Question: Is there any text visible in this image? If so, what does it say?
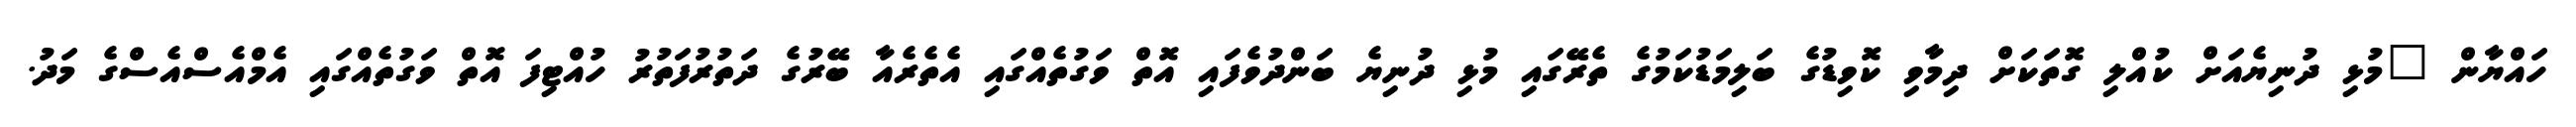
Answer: ހައްޔާން "މުޅި ދުނިޔެއަށް ކުއްލި ގޮތަކަށް ދިމާވި ކޮވިޑުގެ ބަލިމަޑުކަމުގެ ތެރޭގައި މުޅި ދުނިޔެ ބަންދުވެފައި އޮތް ވަގުތެއްގައި އެތެރެއާ ބޭރުގެ ދަތުރުފަތުރު ހުއްޓިފަ އޮތް ވަގުތެއްގައި އެމްއެސްއެސްގެ މަދު.